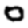
Digit: 0